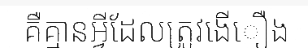
គឺគ្មានអ្វីដែលត្រូវងើឿង